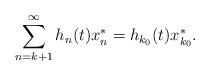
LaTeX: \begin{align*}\sum\limits_{n=k+1}^{\infty}h_{n}(t)x_{n}^{*}=h_{k_{0}}(t)x_{k_{0}}^{*}. \end{align*}